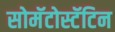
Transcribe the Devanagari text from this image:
सोमॅटोस्टॅटिन